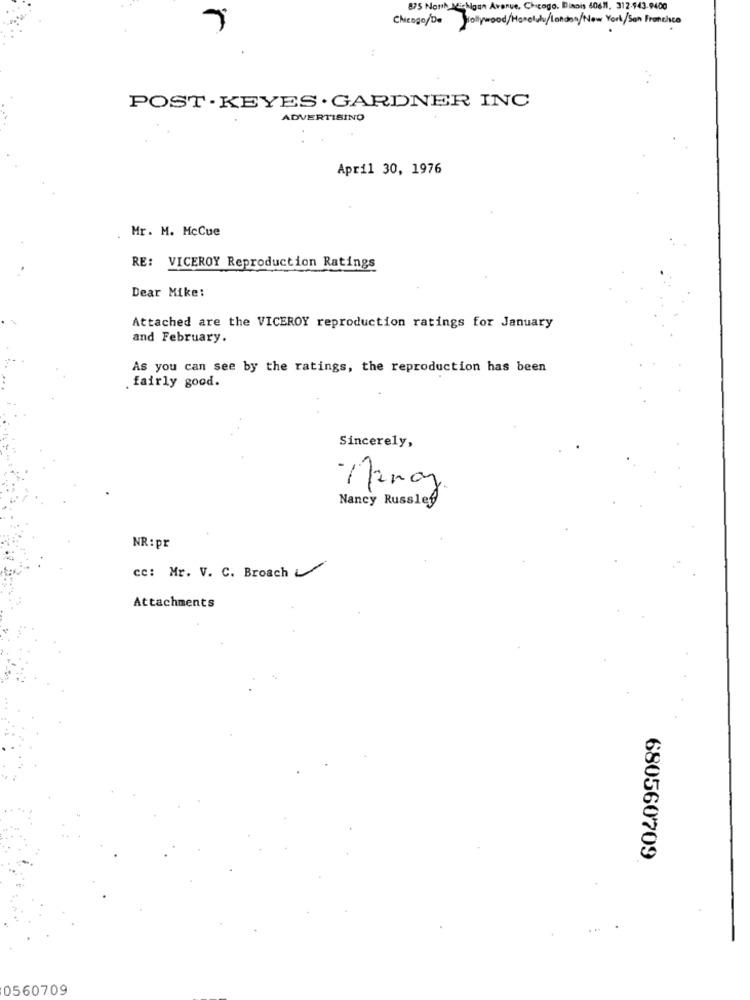
875 Noth Michigan Avenue, Chicago. Dinois 60611, 312-943-9400
Chicogo/De
Hollywood/Honolulu/London/New York/San Francisco
POST . KEYES . GARDNER INC
ADVERTISINO
April 30, 1976
Mr. M. McCue
RE: VICEROY Reproduction Ratings
Dear Mike:
Attached are the VICEROY reproduction ratings for January
and February.
As you can see by the ratings, the reproduction has been
fairly good.
Sincerely,
Nancy Russlef
NR:pr
cc: Mr. V. C. Broach
Attachments
680560709
0560709